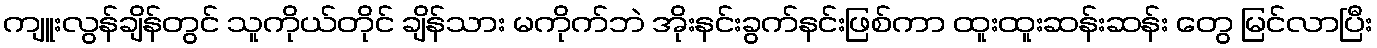
ကျူးလွန်ချိန်တွင် သူကိုယ်တိုင် ချိန်သား မကိုက်ဘဲ အိုးနင်းခွက်နင်းဖြစ်ကာ ထူးထူးဆန်းဆန်း တွေ မြင်လာပြီး